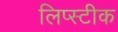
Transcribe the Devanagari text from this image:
लिप्स्टीक